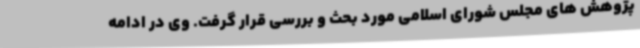
پژوهش های مجلس شورای اسلامی مورد بحث و بررسی قرار گرفت. وی در ادامه